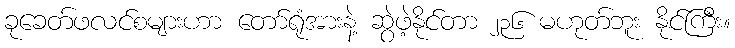
ခုခေတ်ဖလင်စများဟာ တော်ရုံအားနဲ့ ဆွဲဖဲ့နိုင်တာ ၂၃၆ မဟုတ်ဘူး နိုင်ကြီး။